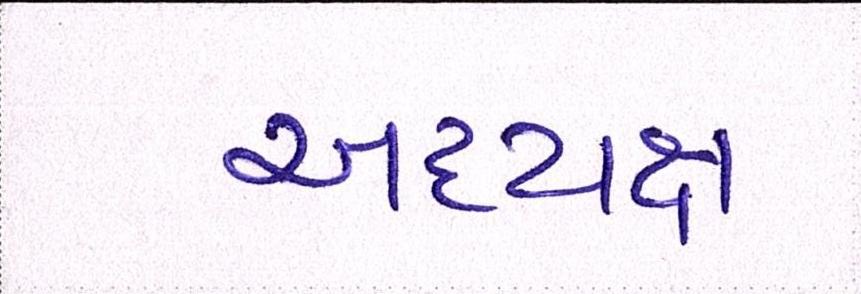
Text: અધ્યક્ષ